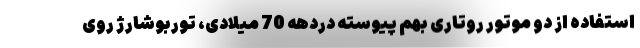
استفاده از دو موتور روتاری بهم پیوسته دردهه 70 میلادی، توربوشارژ روی